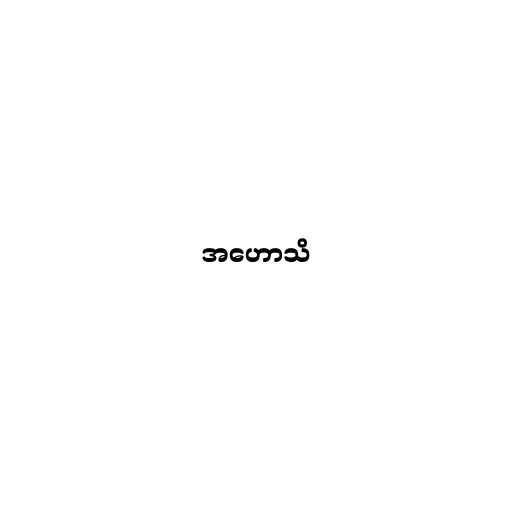
အဟောသိ